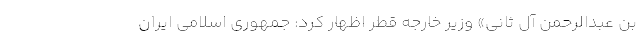
بن عبدالرحمن آل ثانی» وزیر خارجه قطر اظهار کرد: جمهوری اسلامی ایران